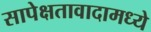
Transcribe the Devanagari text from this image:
सापेक्षतावादामध्ये